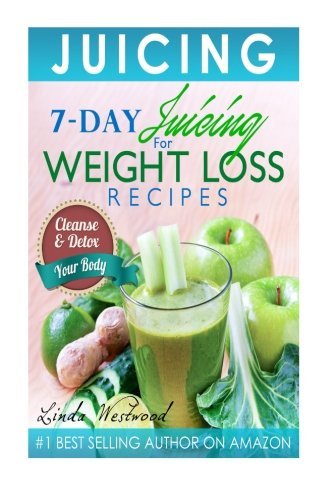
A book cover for Juicing: 7-Day Juicing For Weight Loss Recipes: Cleanse & Detox Your Body; Linda Westwood; Cookbooks, Food & Wine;